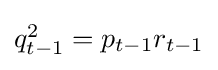
\textstyle q_{t-1}^{2}=p_{t-1}r_{t-1}